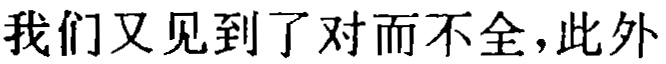
我们又见到了对而不全，此外